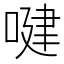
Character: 𠸻